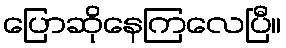
ပြောဆိုနေကြလေပြီ။